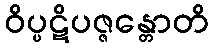
ဝိပ္ပဋိပဇ္ဇန္တောတိ